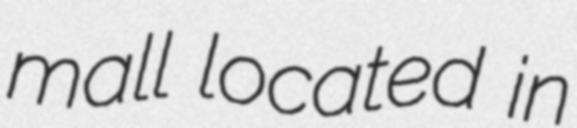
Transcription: mall located in